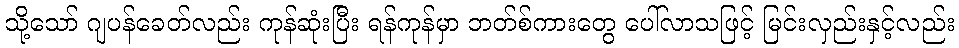
သို့သော် ဂျပန်ခေတ်လည်း ကုန်ဆုံးပြီး ရန်ကုန်မှာ ဘတ်စ်ကားတွေ ပေါ်လာသဖြင့် မြင်းလှည်းနှင့်လည်း